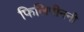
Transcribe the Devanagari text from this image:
फिलिपीननी